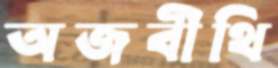
অজবীথি